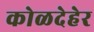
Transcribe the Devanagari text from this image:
कोळदेहेर